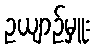
ဥယျာဉ်မှူး